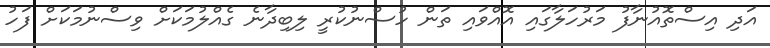
އަދި އިސްތޮއުނާފު މަރުހަލާގައި އޮއްވައި ތަން ހުސްނުކުރީ ލިބިދާނެ ގެއްލުމަކަށް ވިސްނުމަކަށް ފަހު